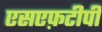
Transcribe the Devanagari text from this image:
एसएफ़टीपी